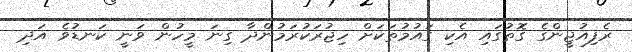
ރެފިއުޖީންގެ ގޮތުގައި އެކި ގައުމުތަކަށް ހިޖުރަކުރަމުންދާ ގިނަ މީހުން ވަނީ ކަނޑުވެ އަދި